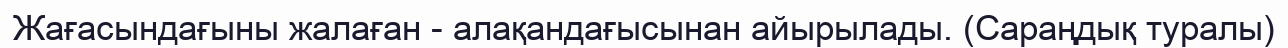
Жағасындағыны жалаған - алақандағысынан айырылады. (Сараңдық туралы)